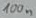
Text: 100n